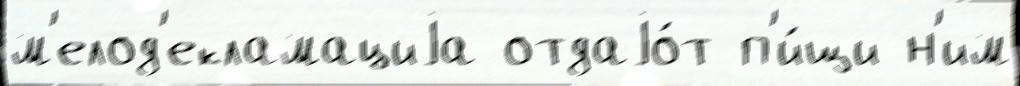
м'елод'екламациjа отдаjо́т п'и́щи н'им